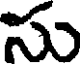
సు